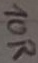
Text: 10R